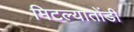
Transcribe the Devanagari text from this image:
मिटल्यातोंडी